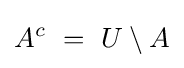
A^{c}~=~U\setminus A